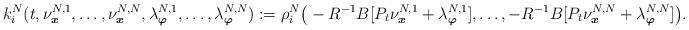
LaTeX: \begin{align*}k_i^N(t,\nu^{N,1}_{\boldsymbol{x}},\ldots,\nu^{N,N}_{\boldsymbol{x}},\lambda^{N,1}_{\boldsymbol{\varphi}},\ldots,\lambda^{N,N}_{\boldsymbol{\varphi}}):=\rho_i^N\big(-R^{-1}B[P_t\nu^{N,1}_{\boldsymbol{x}}+\lambda^{N,1}_{\boldsymbol{\varphi}}],\ldots,-R^{-1}B[P_t\nu^{N,N}_{\boldsymbol{x}}+\lambda^{N,N}_{\boldsymbol{\varphi}}]\big).\end{align*}